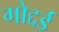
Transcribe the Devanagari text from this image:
गोद्दर्ड